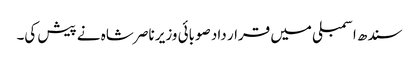
سندھ اسمبلی میں قرار داد صوبائی وزیر ناصر شاہ نے پیش کی۔